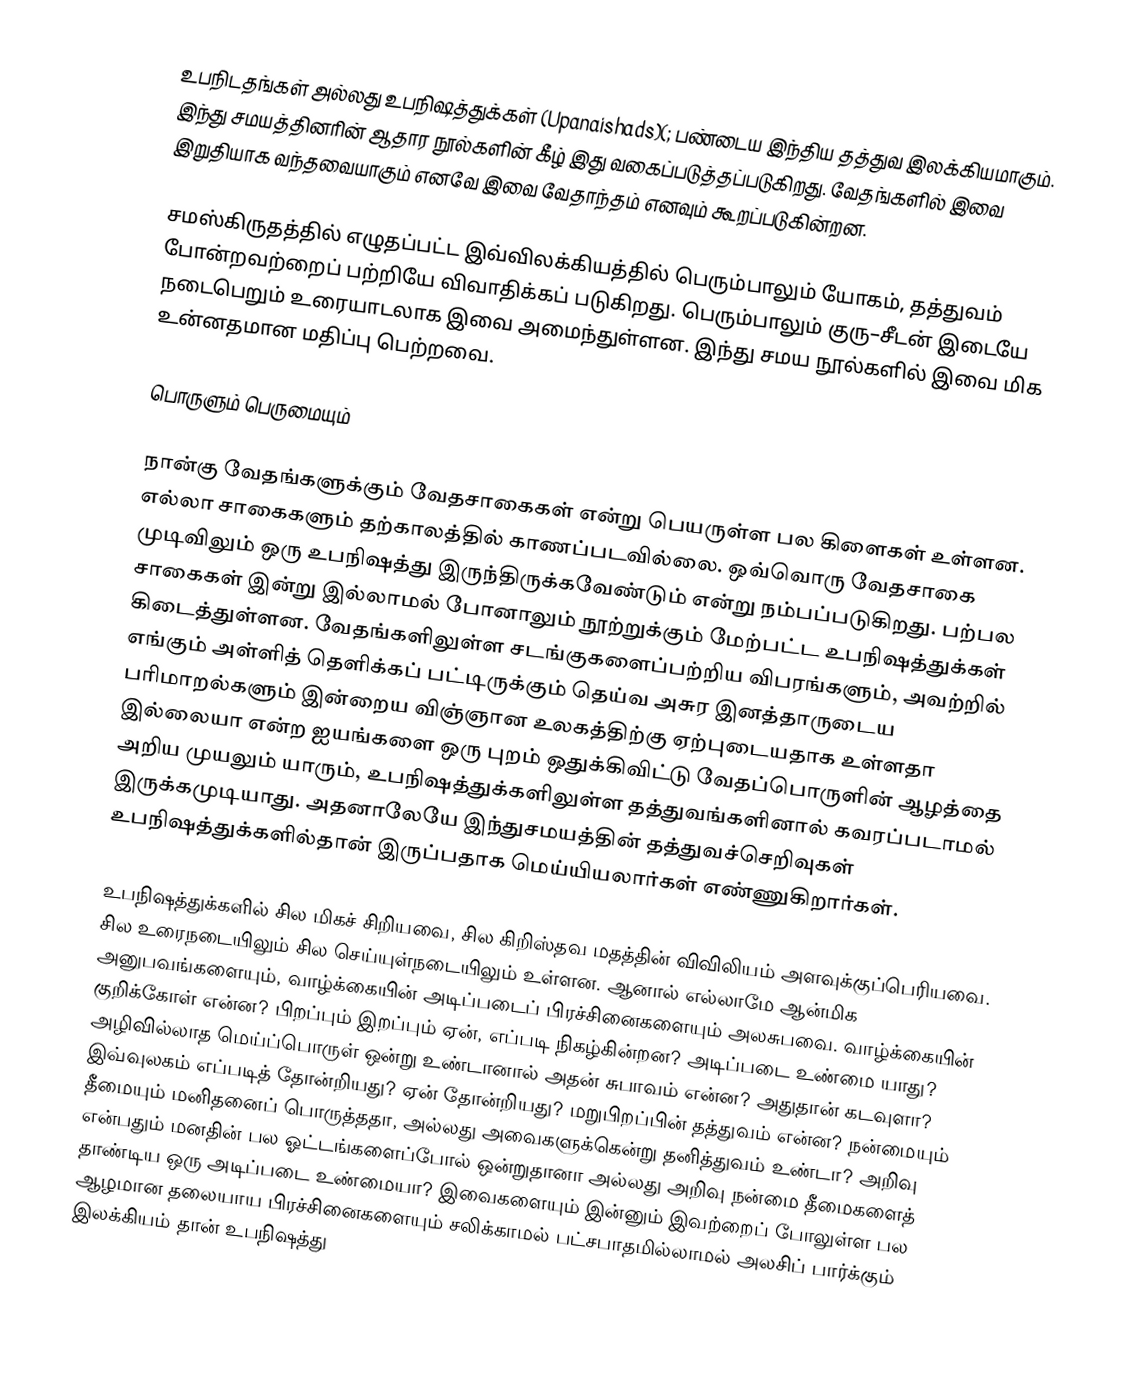
உபநிடதங்கள் அல்லது உபநிஷத்துக்கள் (Upanaishads)(; பண்டைய இந்திய தத்துவ இலக்கியமாகும். இந்து சமயத்தினரின் ஆதார நூல்களின் கீழ் இது வகைப்படுத்தப்படுகிறது. வேதங்களில் இவை இறுதியாக வந்தவையாகும் எனவே இவை வேதாந்தம் எனவும் கூறப்படுகின்றன.

சமஸ்கிருதத்தில் எழுதப்பட்ட இவ்விலக்கியத்தில் பெரும்பாலும் யோகம், தத்துவம் போன்றவற்றைப் பற்றியே விவாதிக்கப் படுகிறது. பெரும்பாலும் குரு–சீடன் இடையே நடைபெறும் உரையாடலாக இவை அமைந்துள்ளன. இந்து சமய நூல்களில் இவை மிக உன்னதமான மதிப்பு பெற்றவை.

பொருளும் பெருமையும்

நான்கு வேதங்களுக்கும் வேதசாகைகள் என்று பெயருள்ள பல கிளைகள் உள்ளன. எல்லா சாகைகளும் தற்காலத்தில் காணப்படவில்லை. ஒவ்வொரு வேதசாகை முடிவிலும் ஒரு உபநிஷத்து இருந்திருக்கவேண்டும் என்று நம்பப்படுகிறது. பற்பல சாகைகள் இன்று இல்லாமல் போனாலும் நூற்றுக்கும் மேற்பட்ட உபநிஷத்துக்கள் கிடைத்துள்ளன. வேதங்களிலுள்ள சடங்குகளைப்பற்றிய விபரங்களும், அவற்றில் எங்கும் அள்ளித் தெளிக்கப் பட்டிருக்கும் தெய்வ அசுர இனத்தாருடைய பரிமாறல்களும் இன்றைய விஞ்ஞான உலகத்திற்கு ஏற்புடையதாக உள்ளதா இல்லையா என்ற ஐயங்களை ஒரு புறம் ஒதுக்கிவிட்டு வேதப்பொருளின் ஆழத்தை அறிய முயலும் யாரும், உபநிஷத்துக்களிலுள்ள தத்துவங்களினால் கவரப்படாமல் இருக்கமுடியாது. அதனாலேயே இந்துசமயத்தின் தத்துவச்செறிவுகள் உபநிஷத்துக்களில்தான் இருப்பதாக மெய்யியலார்கள் எண்ணுகிறார்கள்.

உபநிஷத்துக்களில் சில மிகச் சிறியவை, சில கிறிஸ்தவ மதத்தின் விவிலியம் அளவுக்குப்பெரியவை. சில உரைநடையிலும் சில செய்யுள்நடையிலும் உள்ளன. ஆனால் எல்லாமே ஆன்மிக அனுபவங்களையும், வாழ்க்கையின் அடிப்படைப் பிரச்சினைகளையும் அலசுபவை. வாழ்க்கையின் குறிக்கோள் என்ன? பிறப்பும் இறப்பும் ஏன், எப்படி நிகழ்கின்றன? அடிப்படை உண்மை யாது? அழிவில்லாத மெய்ப்பொருள் ஒன்று உண்டானால் அதன் சுபாவம் என்ன? அதுதான் கடவுளா? இவ்வுலகம் எப்படித் தோன்றியது? ஏன் தோன்றியது? மறுபிறப்பின் தத்துவம் என்ன? நன்மையும் தீமையும் மனிதனைப் பொருத்ததா, அல்லது அவைகளுக்கென்று தனித்துவம் உண்டா? அறிவு என்பதும் மனதின் பல ஓட்டங்களைப்போல் ஒன்றுதானா அல்லது அறிவு நன்மை தீமைகளைத் தாண்டிய ஒரு அடிப்படை உண்மையா? இவைகளையும் இன்னும் இவற்றைப் போலுள்ள பல ஆழமான தலையாய பிரச்சினைகளையும் சலிக்காமல் பட்சபாதமில்லாமல் அலசிப் பார்க்கும் இலக்கியம் தான் உபநிஷத்து